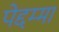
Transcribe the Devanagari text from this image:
पेद्दम्मा